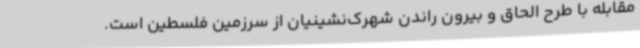
مقابله با طرح الحاق و بیرون راندن شهرک‌نشینیان از سرزمین فلسطین است.